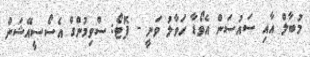
މުބާލް އާއި ސައުސަން އެވޯޑާ ހަވާލު ވަނީ - ފޮޓޯ: ސްވިމުންގް އެސޯސީއޭޝަން